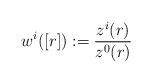
LaTeX: \begin{align*} w^i([r]) := \frac{z^i(r)}{z^0(r)}\end{align*}